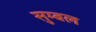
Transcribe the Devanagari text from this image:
सुम्बल